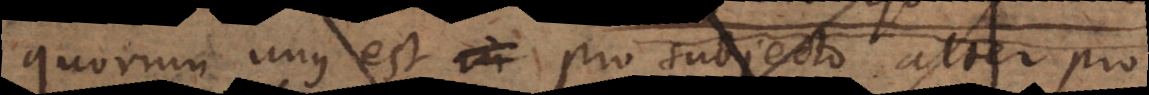
quorum unus est pro subjecto, alter pro